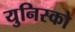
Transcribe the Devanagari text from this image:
युनिस्को